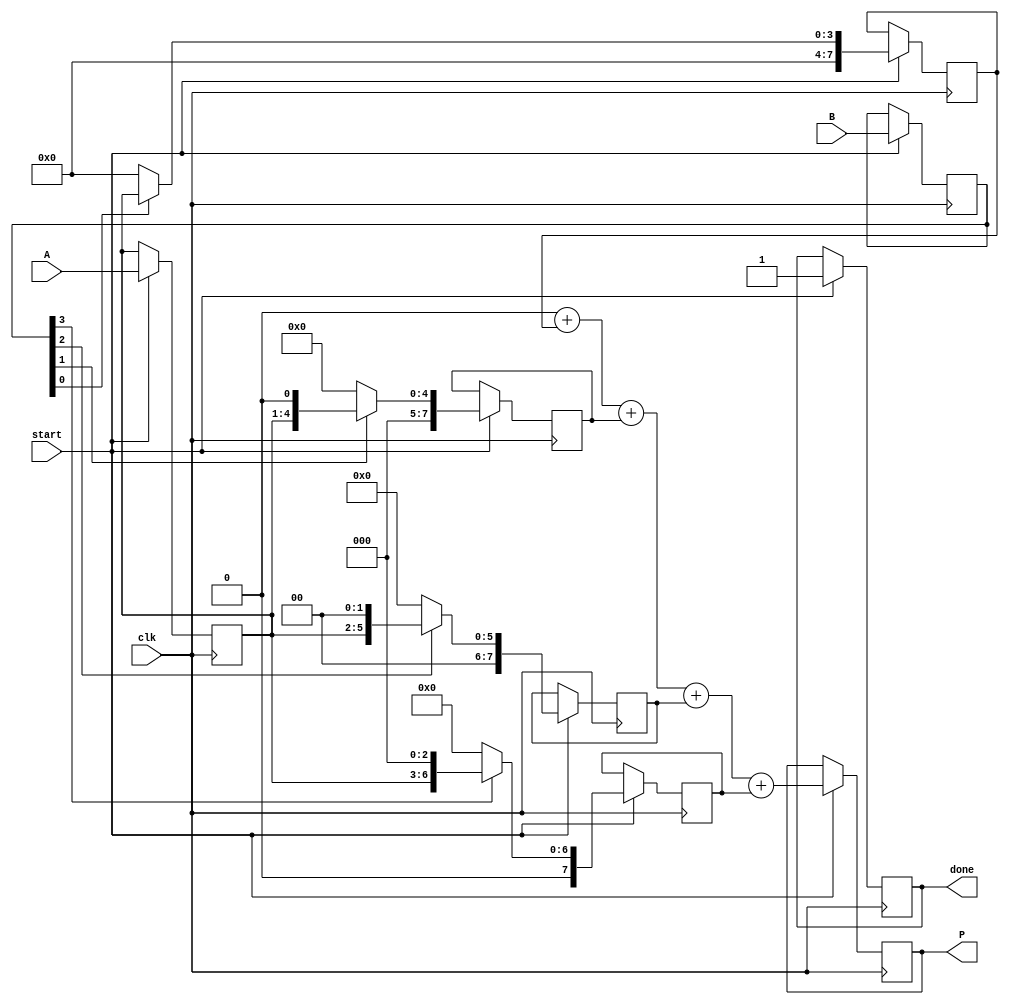
module vedic_multiplier #(parameter N = 4) (
    input  wire [N-1:0] A, // N-bit multiplicand
    input  wire [N-1:0] B, // N-bit multiplier
    input  wire clk,       // Clock signal
    input  wire start,     // Start signal for multiplication
    output reg [2*N-1:0] P, // (2N)-bit product
    output reg done        // Done signal
);

    reg [N-1:0] A_reg, B_reg;
    reg [2*N-1:0] partial_products [0:N-1]; // Array to hold partial products
    reg [2*N-1:0] sum; // Intermediate sum
    integer i, j;

    always @(posedge clk) begin
        if (start) begin
            // Load inputs
            A_reg <= A;
            B_reg <= B;
            P <= 0; // Clear product
            done <= 0; // Reset done signal

            // Generate partial products
            for (i = 0; i < N; i = i + 1) begin
                if (B_reg[i]) begin
                    partial_products[i] <= A_reg << i; // Shift A by i if B[i] is 1
                end else begin
                    partial_products[i] <= 0; // Zero if B[i] is 0
                end
            end

            // Accumulate partial products
            sum = 0;
            for (j = 0; j < N; j = j + 1) begin
                sum = sum + partial_products[j]; // Add partial products
            end

            P <= sum; // Assign final product
            done <= 1; // Set done signal
        end
    end

endmodule